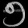
Digit: ၅